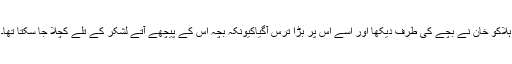
ہلاکو خان نے بچے کی طرف دیکھا اور اسے اس پر بڑا ترس آگیاکیونکہ بچہ اس کے پیچھے آتے لشکر کے تلے کچلا جا سکتا تھا۔